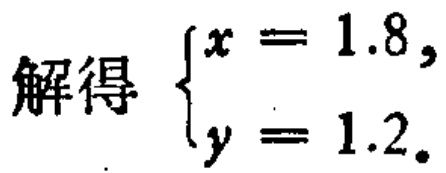
解得 \(\begin{cases}x = 1.8,\\y = 1.2.\end{cases}\)